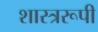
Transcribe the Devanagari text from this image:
शास्त्ररूपी